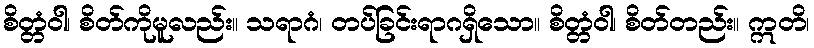
စိတ္တံဝါ၊ စိတ်ကိုမူလည်း။ သရာဂံ၊ တပ်ခြင်းရာဂရှိသော။ စိတ္တံဝါ၊ စိတ်တည်း။ ဣတိ၊